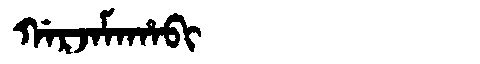
Manchu: ᡤᠠᡵᠵᠠᠮᠠᡥᠠᠪᡳ
Romanization: GARJAMAHABI